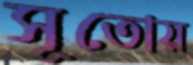
সূতোয়